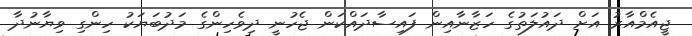
ޖީއެމްއާރު އަށް ދައުލަތުގެ ހަޒާނާއިން ފައިސާދައްކަން ޖެހުނީ ދިވެހިންގެ މަދުބަޔަކު ހިންގި ވިޔާނުދާ